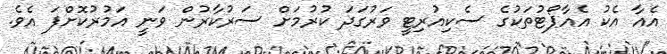
އެއާ އެކު އެއާޕޯޓުތަކުގެ ސެކިއުރިޓީ ވަރުގަދަ ކުރުމަށް ސަރުކާރުން ވަނީ އަމުރުކޮށްފަ އެވެ.